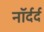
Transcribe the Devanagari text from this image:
नॉर्दर्द